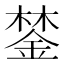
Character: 𨨗